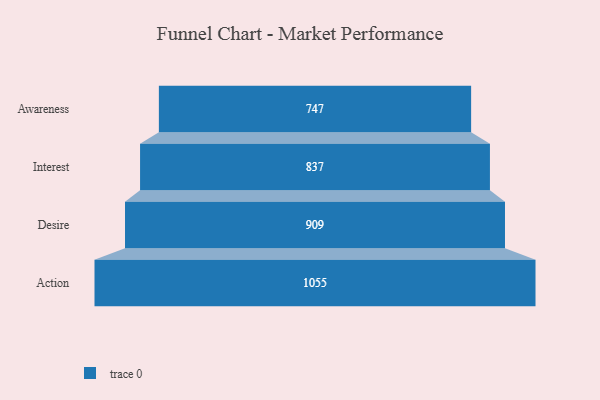
{"axis": {"x": "Stage", "y": "Value"}, "legend": [""], "data": [{"x": "Awareness", "y": 747.0, "type": ""}, {"x": "Interest", "y": 837.0, "type": ""}, {"x": "Desire", "y": 909.0, "type": ""}, {"x": "Action", "y": 1055.0, "type": ""}]}